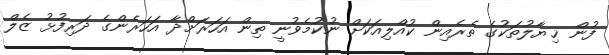
ފުން ޚިޔާލުތަކުގެ ތެރެއިން ކުއްލިއަކަށް ނުކުމެވުނީ ތިން އަހަރަށްދާ އަހަރެންގެ ދަރިފުޅު ޒެލް